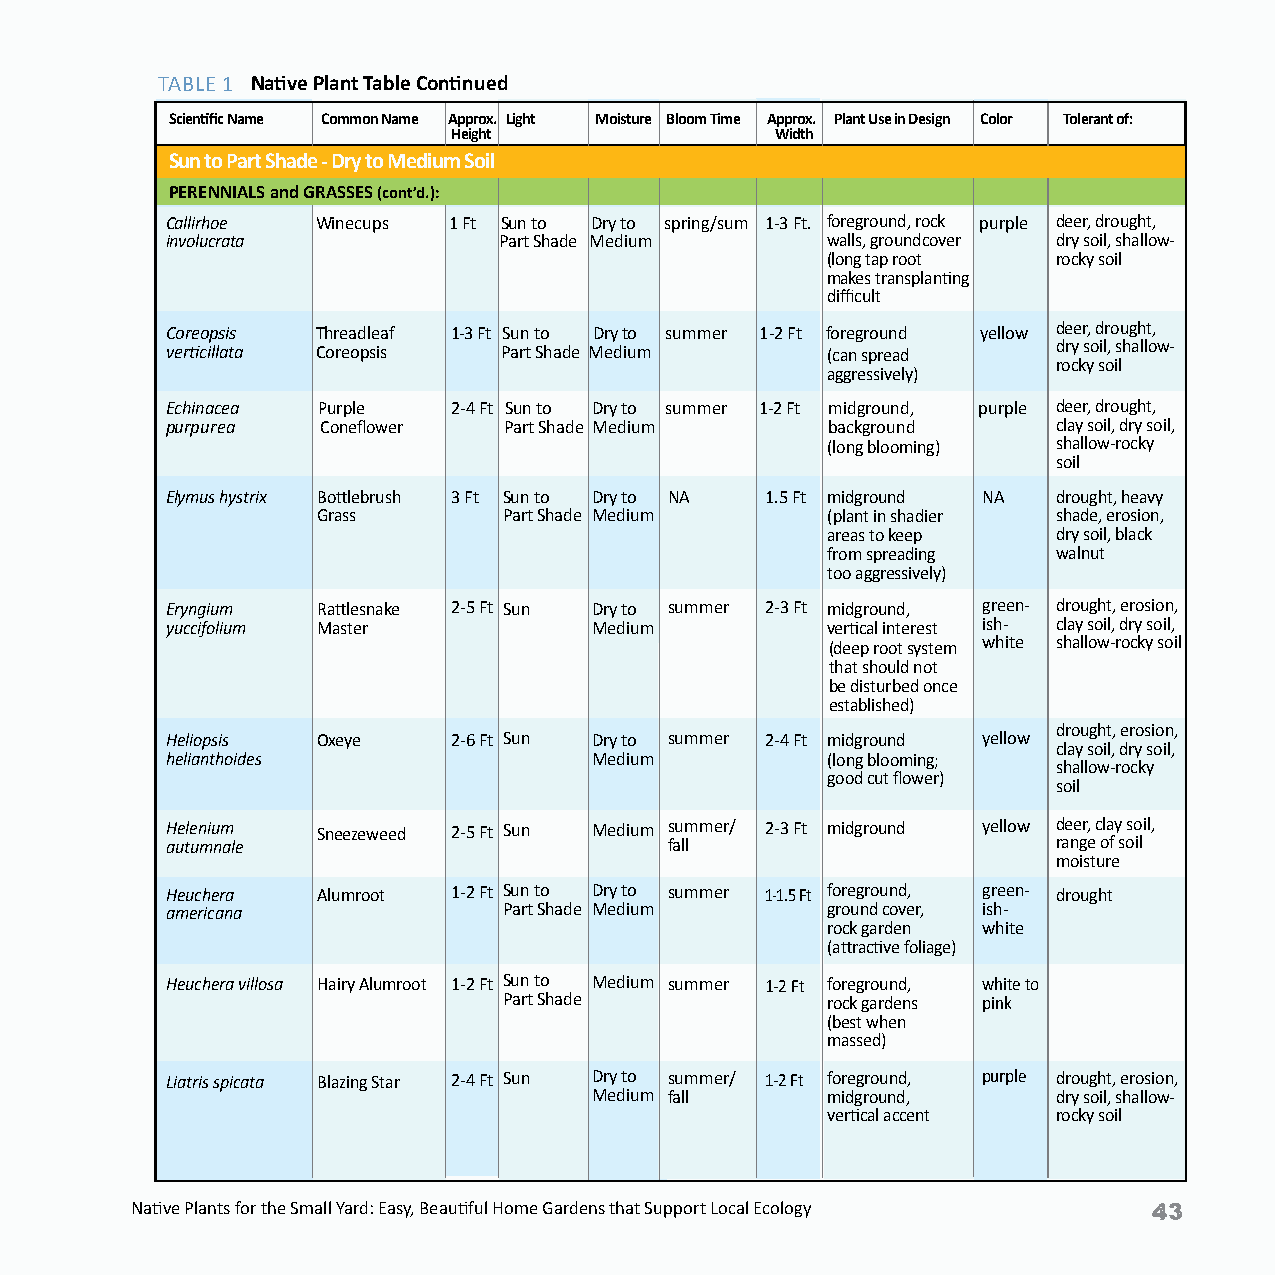
TABLE 1 Native Plant Table Continued
 Scientific Name Common Name Approx. Light Moisture Bloom Time Approx. Plant Use in Design Color Tolerant of:
 Height               Width
 Sun to Part Shade - Dry to Medium Soil
 PERENNIALS and GRASSES (cont’d.):
 Callirhoe Winecups 1 Ft Sun to Dry to spring/sum 1-3 Ft. f o r e g r o u n d , r o c k purple deer, drought,
 involucrata           Part Shade Medium     walls, groundcover dry soil, shallow-
 (long tap root rocky soil
 makes transplanting
 difficult
 Coreopsis Threadleaf 1-3 Ft Sun to Dry to summer 1-2 Ft foreground yellow deer, drought,
 verticillata Coreopsis Part Shade Medium    (can spread    dry soil, shallow-
 rocky soil
 aggressively)
 E c h inacea Purple 2-4 Ft Sun to Dry to summer 1-2 Ft midground, purple deer, drought,
 purpurea  Coneflower  Part Shade Medium     background     clay soil, dry soil,
 (long blooming) shallow-rocky
 soil
 Elymus hystrix Bottlebrush 3 Ft Sun to Dry to NA 1.5 Ft midground NA drought, heavy
 Grass       Part Shade Medium     (plant in shadier shade, erosion,
 areas to keep  dry soil, black
 from spreading walnut
 too aggressively)
 for hot, dry areas)
 Eryngium  Rattlesnake 2-5 Ft Sun Dry to summer 2-3 Ft midground, green- drought, erosion,
 yuccifolium Master          Medium          vertical interest ish- clay soil, dry soil,
 (deep root system white shallow-rocky soil
 that should not
 be disturbed once
 established)
 drought, erosion,
 Heliopsis Oxeye    2-6 Ft Sun Dry to summer 2-4 Ft midground yellow
 clay soil, dry soil,
 helianthoides               Medium          (long blooming;
 shallow-rocky
 good cut flower)
 soil
 Helenium  Sneezeweed 2-5 Ft Sun Medium summer/ 2-3 Ft midground yellow deer, clay soil,
 autumnale                        fall                      range of soil
 moisture
 Heuchera  Alumroot 1-2 Ft Sun to Dry to summer 1-1.5 Ft foreground, green- drought
 americana             Part Shade Medium     ground cover, ish-
 rock garden white
 (attractive foliage)
 Heuchera villosa Hairy Alumroot 1-2 Ft Sun to Medium summer 1-2 Ft foreground, white to
 Part Shade            rock gardens pink
 (best when
 massed)
 Liatris spicata Blazing Star 2-4 Ft Sun Dry to summer/ 1-2 Ft foreground, purple drought, erosion,
 Medium fall     midground,     dry soil, shallow-
 vertical accent rocky soil
 Native Plants for the Small Yard: Easy, Beautiful Home Gardens that Support Local Ecology Native Plants for the Small Yard: Easy, Beautiful Home Gardens that Support Local Ecology 43